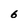
Character: 6